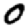
Digit: 0